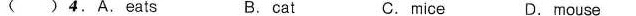
( ) 4.A. Eats B.cat C.mice D.mouse